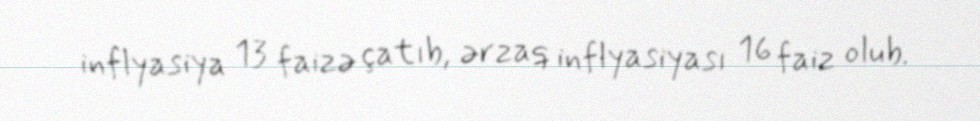
inflyasiya 13 faizə çatıb, ərzaq inflyasiyası 16 faiz olub.